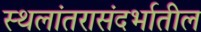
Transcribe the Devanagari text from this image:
स्थलांतरासंदर्भातील